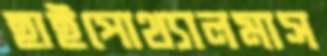
হাইপোথ্যালমাস